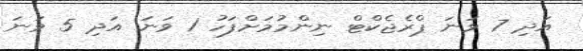
އަދި 7 ވަނަ ޕްރެޖެކްޓް ނިންމުމަށްފަހު 1 ވަނަ އަދި 5 ވަނަ